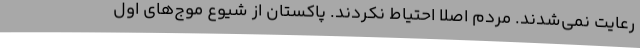
رعایت نمی‌شدند. مردم اصلا احتیاط نکردند. پاکستان از شیوع موج‌های اول